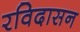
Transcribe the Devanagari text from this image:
रविदासन